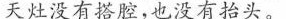
天灶没有搭腔，也没有抬头。